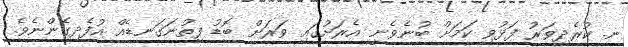
ނ. ކުރެދިވަރު ފަޅުވި ކަމަށް ބުނެވެނީ އެރަށުގައި ވަރަށް ބޮޑު ފިތުނަގަނޑެއް އުފެދިގެންނެވެ.